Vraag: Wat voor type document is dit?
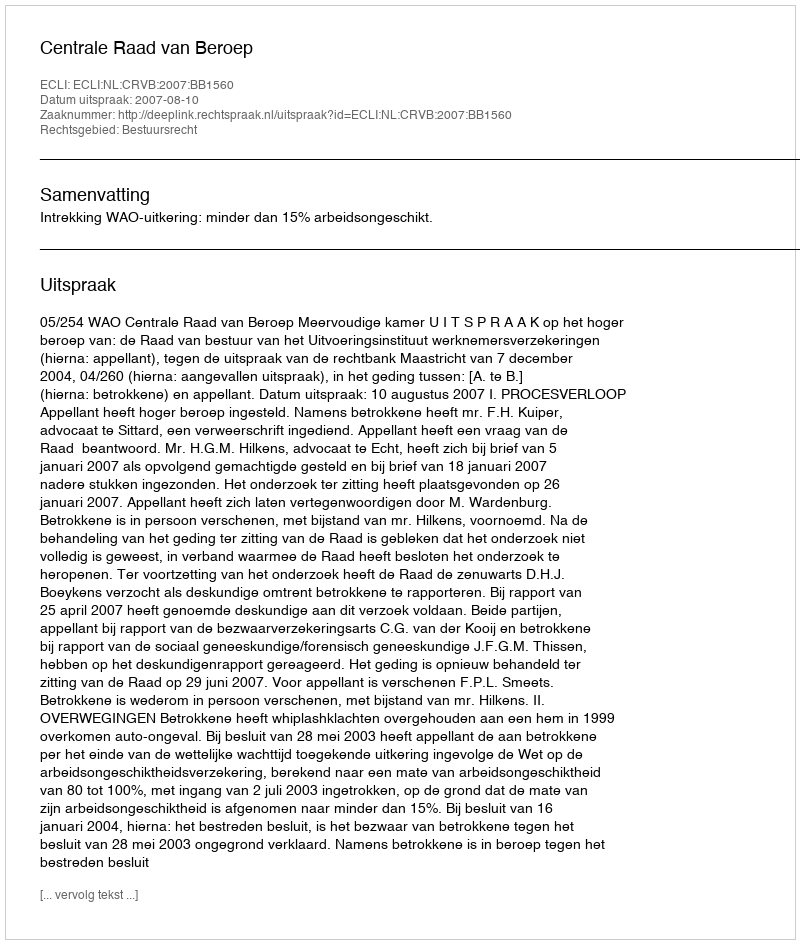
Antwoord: Uitspraak